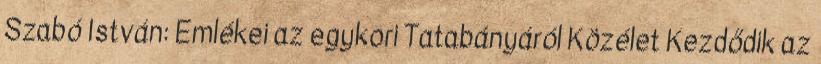
Szabó István: Emlékei az egykori Tatabányáról Közélet Kezdődik az